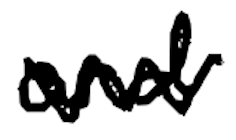
Text: and
Cross-out: zig-zag
Writing tool: digital_black